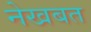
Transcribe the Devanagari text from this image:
नेखबत